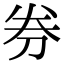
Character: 券